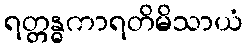
ရတ္တန္ဓကာရတိမိသာယံ